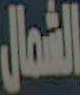
الشمال